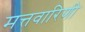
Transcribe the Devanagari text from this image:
मत्तवारिणी